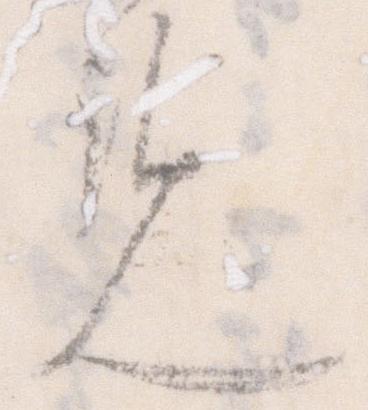
覧